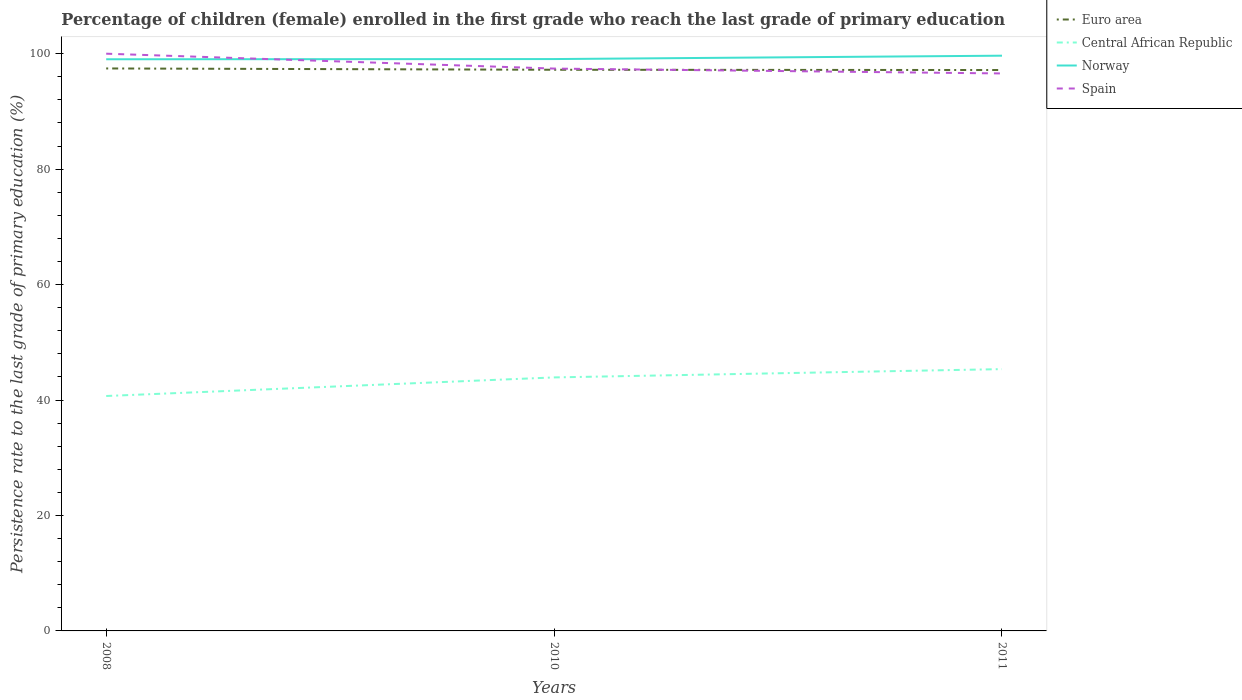
| Years | Euro area | Central African Republic | Norway | Spain |
 | --- | --- | --- | --- | --- |
 | 2008 | 97.4 | 40.7 | 99 | 100 |
 | 2010 | 97.2 | 43.9 | 99.1 | 97.4 |
 | 2011 | 97.2 | 45.4 | 99.7 | 96.6 |